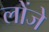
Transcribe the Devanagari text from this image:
लोंजे